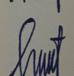
Signature authenticity: genuine